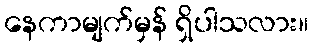
နေကာမျက်မှန် ရှိပါသလား။